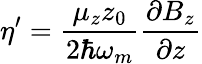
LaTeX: \eta^{\prime}=\frac{\mu_{z}z_{0}}{2\hbar\omega_{m}}\frac{\partial B_{z}}{\partial z}